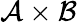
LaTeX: {\mathcal{A}}\times{\mathcal{B}}